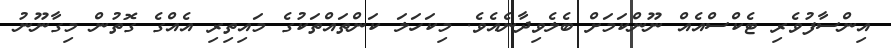
އިންސާފުވެރި ޓެކްސްއެއް ނޫންކަމަށް ބެލެވިދާނެއެވެ. މިކަހަލަ ކަންތައްތަކުގެ މައިތިރި އެއްގެ ގޮތުން މިގާނޫނު